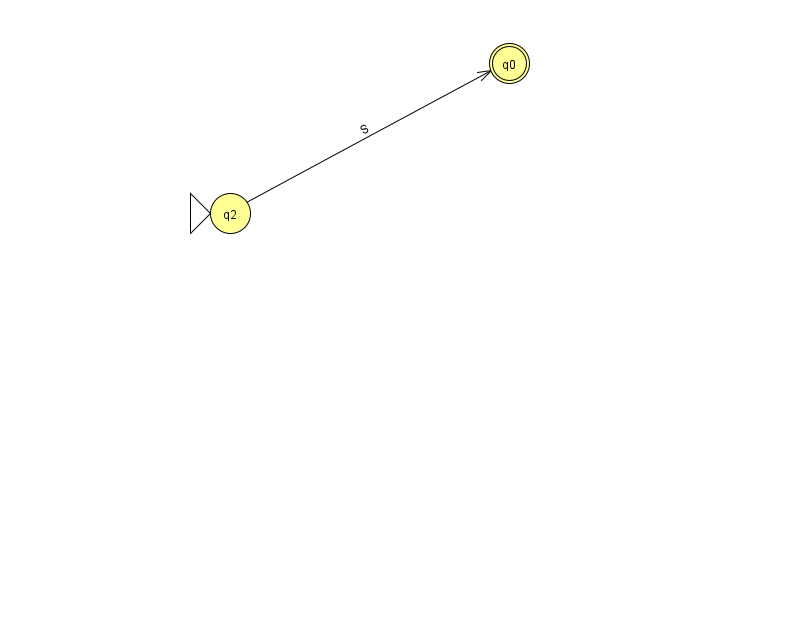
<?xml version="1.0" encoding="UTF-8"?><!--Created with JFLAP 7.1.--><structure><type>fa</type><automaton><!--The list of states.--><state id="0" name="q0"><x>509.0</x><y>50.0</y><final/></state><state id="2" name="q2"><x>230.0</x><y>200.0</y><initial/></state><!--The list of transitions.--><transition><from>2</from><to>0</to><read>S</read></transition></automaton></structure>